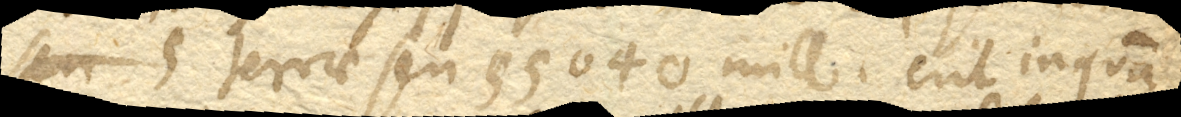
terrae seu 55040 mill. erit inquam